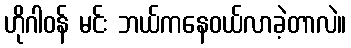
ဟိုဂါဝန် မင်း ဘယ်ကနေဝယ်လာခဲ့တာလဲ။